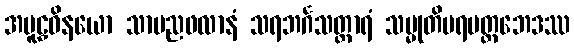
အမူဠှဝိနယော သာမညဖလာနံ သရဘင်္ဂသတ္ထာရံ သမ္မုတိပရမတ္ထဘေဒဿ